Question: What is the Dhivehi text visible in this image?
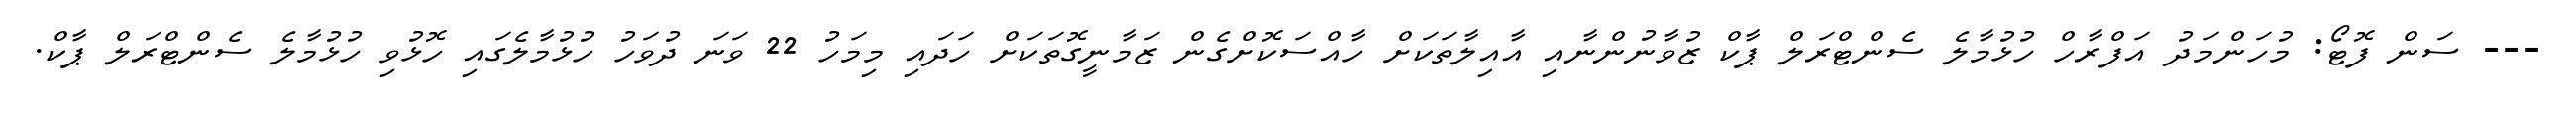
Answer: --- ސަން ފޮޓޯ: މުހަންމަދު އަފްރާހް ހުޅުމާލެ ސެންޓްރަލް ޕާކް ޒުވާނުންނާއި އާއިލާތަކަށް ހާއްސަކޮށްގެން ޒަމާނީގޮތަކަށް ހަދައި މިމަހު 22 ވަނަ ދުވަހު ހުޅުމާލެގައި ހޮޅުވި ހުޅުމާލެ ސެންޓްރަލް ޕާކް.